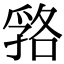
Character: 嗠